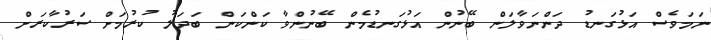
ނަމަވެސް އަޅުގަނޑު ދަންނަވާލަން ބޭނުން އަޅުގަނޑުމެން ބޭނުންވާ ކަންކަން ބަދަލު ކުރުމަށް ސަރުކާރަށް